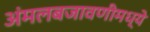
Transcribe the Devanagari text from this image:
अंमलबजावणीमध्ये